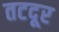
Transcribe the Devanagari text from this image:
तटदूर